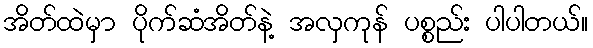
အိတ်ထဲမှာ ပိုက်ဆံအိတ်နဲ့ အလှကုန် ပစ္စည်း ပါပါတယ်။